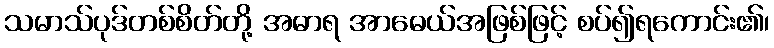
သမာသ်ပုဒ်တစ်စိတ်တို့ အဓာရ အာဓေယ်အဖြစ်ဖြင့် စပ်၍ရကောင်း၏၊